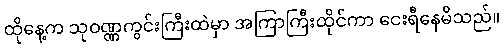
ထိုနေ့က သုဝဏ္ဏကွင်းကြီးထဲမှာ အကြာကြီးထိုင်ကာ ငေးရီနေမိသည်။